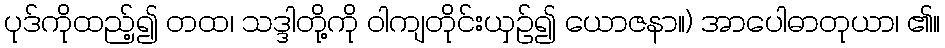
ပုဒ်ကိုထည့်၍ တထ၊ သဒ္ဒါတို့ကို ဝါကျတိုင်းယှဉ်၍ ယောဇနာ။) အာပေါဓာတုယာ၊ ၏။